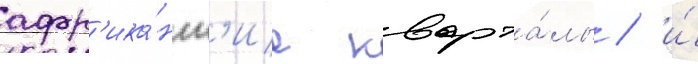
афр'ика́нск'ие кварта́лы / и́